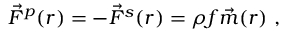
\vec { F } ^ { p } ( r ) = - \vec { F } ^ { s } ( r ) = \rho f \vec { m } ( r ) \ ,